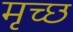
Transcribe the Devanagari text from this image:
मृच्छ